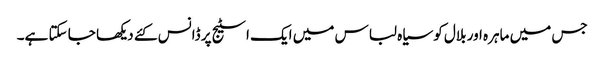
جس میں ماہرہ اور بلال کو سیاہ لباس میں ایک اسٹیج پر ڈانس کئے دیکھا جا سکتا ہے۔